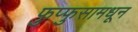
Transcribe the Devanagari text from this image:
फुप्फुसामधून